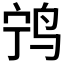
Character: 𫛢